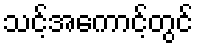
သင့်အကောင့်တွင်